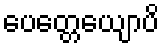
ပေတ္တေယျောပိ